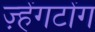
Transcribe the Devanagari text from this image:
ज़्हेंगटोंग